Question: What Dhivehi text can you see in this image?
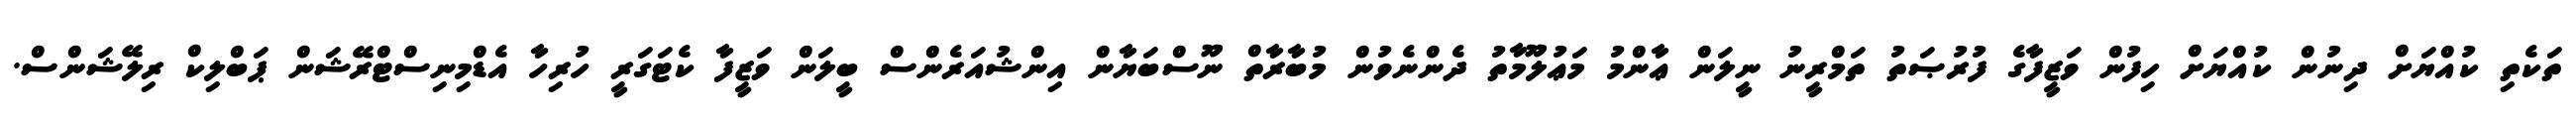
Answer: ތަކެތި ކުއްޔަށް ދިނުން ކުއްޔަށް ހިފުން ވަޒީފާގެ ފުރުޞަތު ތަމްރީނު ނީލަން ޢާންމު މަޢުލޫމާތު ދެންނެވުން މުބާރާތް ނޫސްބަޔާން އިންޝުއަރެންސް ބީލަން ވަޒީފާ ކެޓަގަރީ ހުރިހާ އެޑްމިނިސްޓްރޭޝަން ޕަބްލިކް ރިލޭޝަންސް.